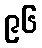
၉၆